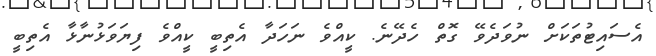
އެސައިޓުތަކަށް ނުވަދެވޭ ގޮތް ހެދޭނެ. ކީއްވެ ނަހަދާ އެތިބީ ކީއްވެ ފިޔަވަޅުނާޅާ އެތިބީ